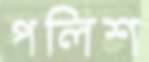
পলিশ